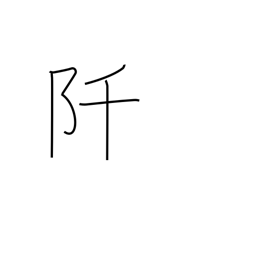
Meaning: thousand